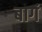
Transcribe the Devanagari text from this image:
बागं